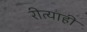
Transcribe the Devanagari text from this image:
रीत्याही